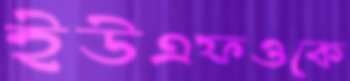
ইউএফওকে